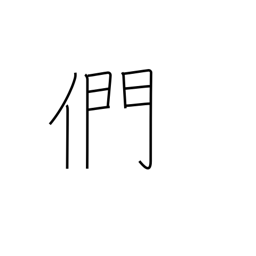
Meaning: plural suffix